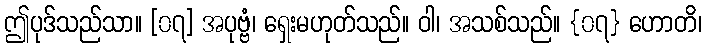
ဤပုဒ်သည်သာ။ [၀၇] အပုဗ္ဗံ၊ ရှေးမဟုတ်သည်။ ဝါ၊ အသစ်သည်။ {၀၇} ဟောတိ၊